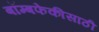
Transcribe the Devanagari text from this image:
बॉम्बफेकीसाठी